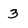
Character: 3